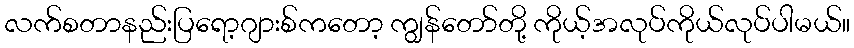
လက်စတာနည်းပြရော့ဂျားစ်ကတော့ ကျွန်တော်တို့ ကိုယ့်အလုပ်ကိုယ်လုပ်ပါမယ်။